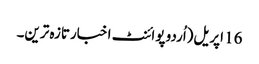
16 اپریل(اُردو پوائنٹ اخبارتازہ ترین۔